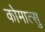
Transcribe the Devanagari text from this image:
कोमात्सु